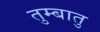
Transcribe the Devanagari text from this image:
तुम्बातु